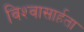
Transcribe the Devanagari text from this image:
विश्‍वासार्हता